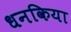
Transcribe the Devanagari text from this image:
धनकिया